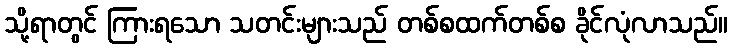
သို့ရာတွင် ကြားရသော သတင်းများသည် တစ်စထက်တစ်စ ခိုင်လုံလာသည်။